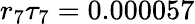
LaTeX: r_{7}\tau_{7}=0.000057